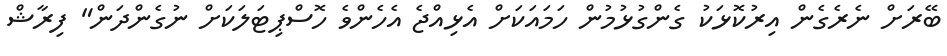
ބޭރަށް ނެރެގެން އިރުކޮޅަކު ގެންގުޅުމުން ހަމައަކަށް އެޅިއްޖެ އެހެންވެ ހޮސްޕިޓަލަކަށް ނުގެންދަން" ފިރާޝް